Report on vaccination in Madras 1895-1903 - 1895-1903
Year: 1895
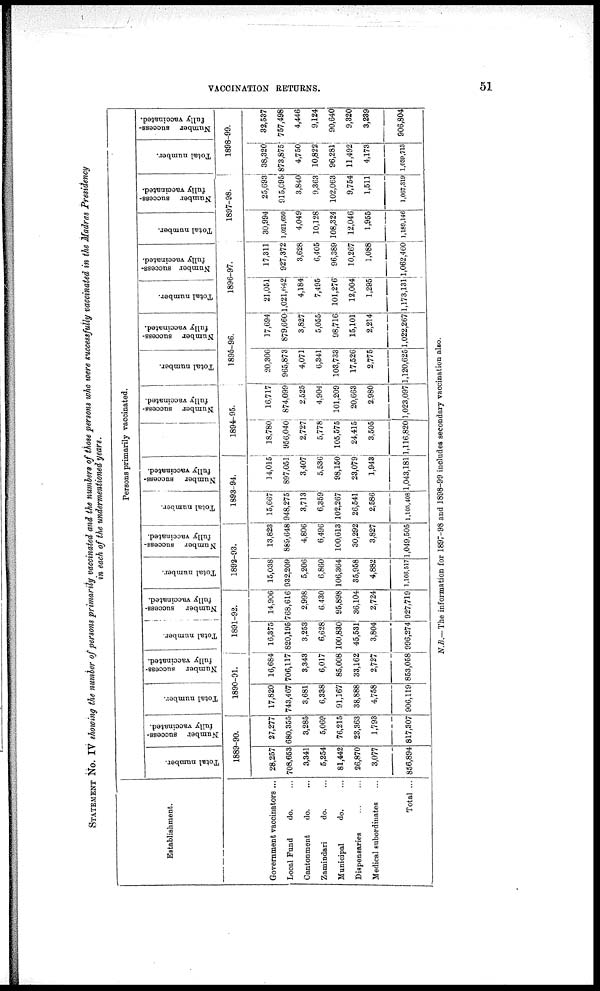
VACCINATION RETURNS.
51
STATEMENT No. IV showing the number of persons primarily vaccinated and the numbers of those persons who were successfully vaccinated in the Madras Presidency
in each of the undermentioned years.
Establishment.
Government vaccinators ...
Local Fund
do. ...
Cantonment
do. ...
Zamindari
do. ...
Municipal
do. ...
Dispensaries
...
...
Medical subordinates ...
Total ...
Persons primarily vaccinated.
Total number.
Number success-
fully vaccinated.
1889-90.
28,357
708,653
3,341
5,254
81,442
26,870
3,077
856,894
27,277
680,355
3,285
5,069
76,215
23,363
1,793
817,307
Total number.
Number success-
fully vaccinated.
1890-91.
17,820
743,467
3,681
6,338
91,167
38,888
4,758
906,119
16,684
706,117
3,343
6,017
85,008
33,162
2,727
853,058
Total number.
Number success-
fully vaccinated.
1891-92.
16,375
820,195
3,253
6,628
100,830
45,531
3,804
996,274
14,906
768,616
2,998
6,430
95,898
36,104
2,724
927,719
Total number.
Number success-
fully vaccinated.
1892-93.
15,038
932,209
5,206
6,860
106,364
35,958
4,882
1,106,517
13,823
889,648
4,806
6,496
100,613
30,292
3,827
1,049,505
Total number.
Number success-
fully vaccinated.
1893-94.
15,667
948,275
3,713
6,359
102,267
26,541
2,586
1,105,408
14,015
897,051
3,407
5,536
98,150
23,079
1,943
1,043,181
Number success-
fully vaccinated.
1894-95.
18,780
956,040
2,727
5,778
105,575
24,415
3,505
1,116,820
16,717
874,099
2,525
4,904
101,209
20,663
2,980
1,023,097
Total number.
Number success-
fully vaccinated.
1895-96.
20,306
965,873
4,071
6,341
103,733
17,526
2,775
1,120,625
17,694
879,660
3,827
5,055
98,716
15,101
2,214
1,022,267
Total number.
Number success-
fully vaccinated.
1896-97.
21,051
1,021,642
4,184
7,495
101,276
12,004
1,295
1,173,131
17,311
927,372
3,628
6,405
96,389
10,267
1,088
1,062,460
Total number.
Number success-
fully vaccinated.
1897-98.
30,994
1,021,650
4,049
10,128
108,324
12,046
1,955
1,189,146
25,693
915,095
3,840
9,363
102,063
9,754
1,511
1,067,319
Total number.
Number success-
fully vaccinated.
1898-99.
38,320
873,875
4,750
10,822
96,281
11,492
4,173
1,039,713
32,537
757,498
4,446
9,124
90,640
9,320
3,239
906,804
N.B.— The information for 1897-98 and 1898-99 includes secondary vaccination also.